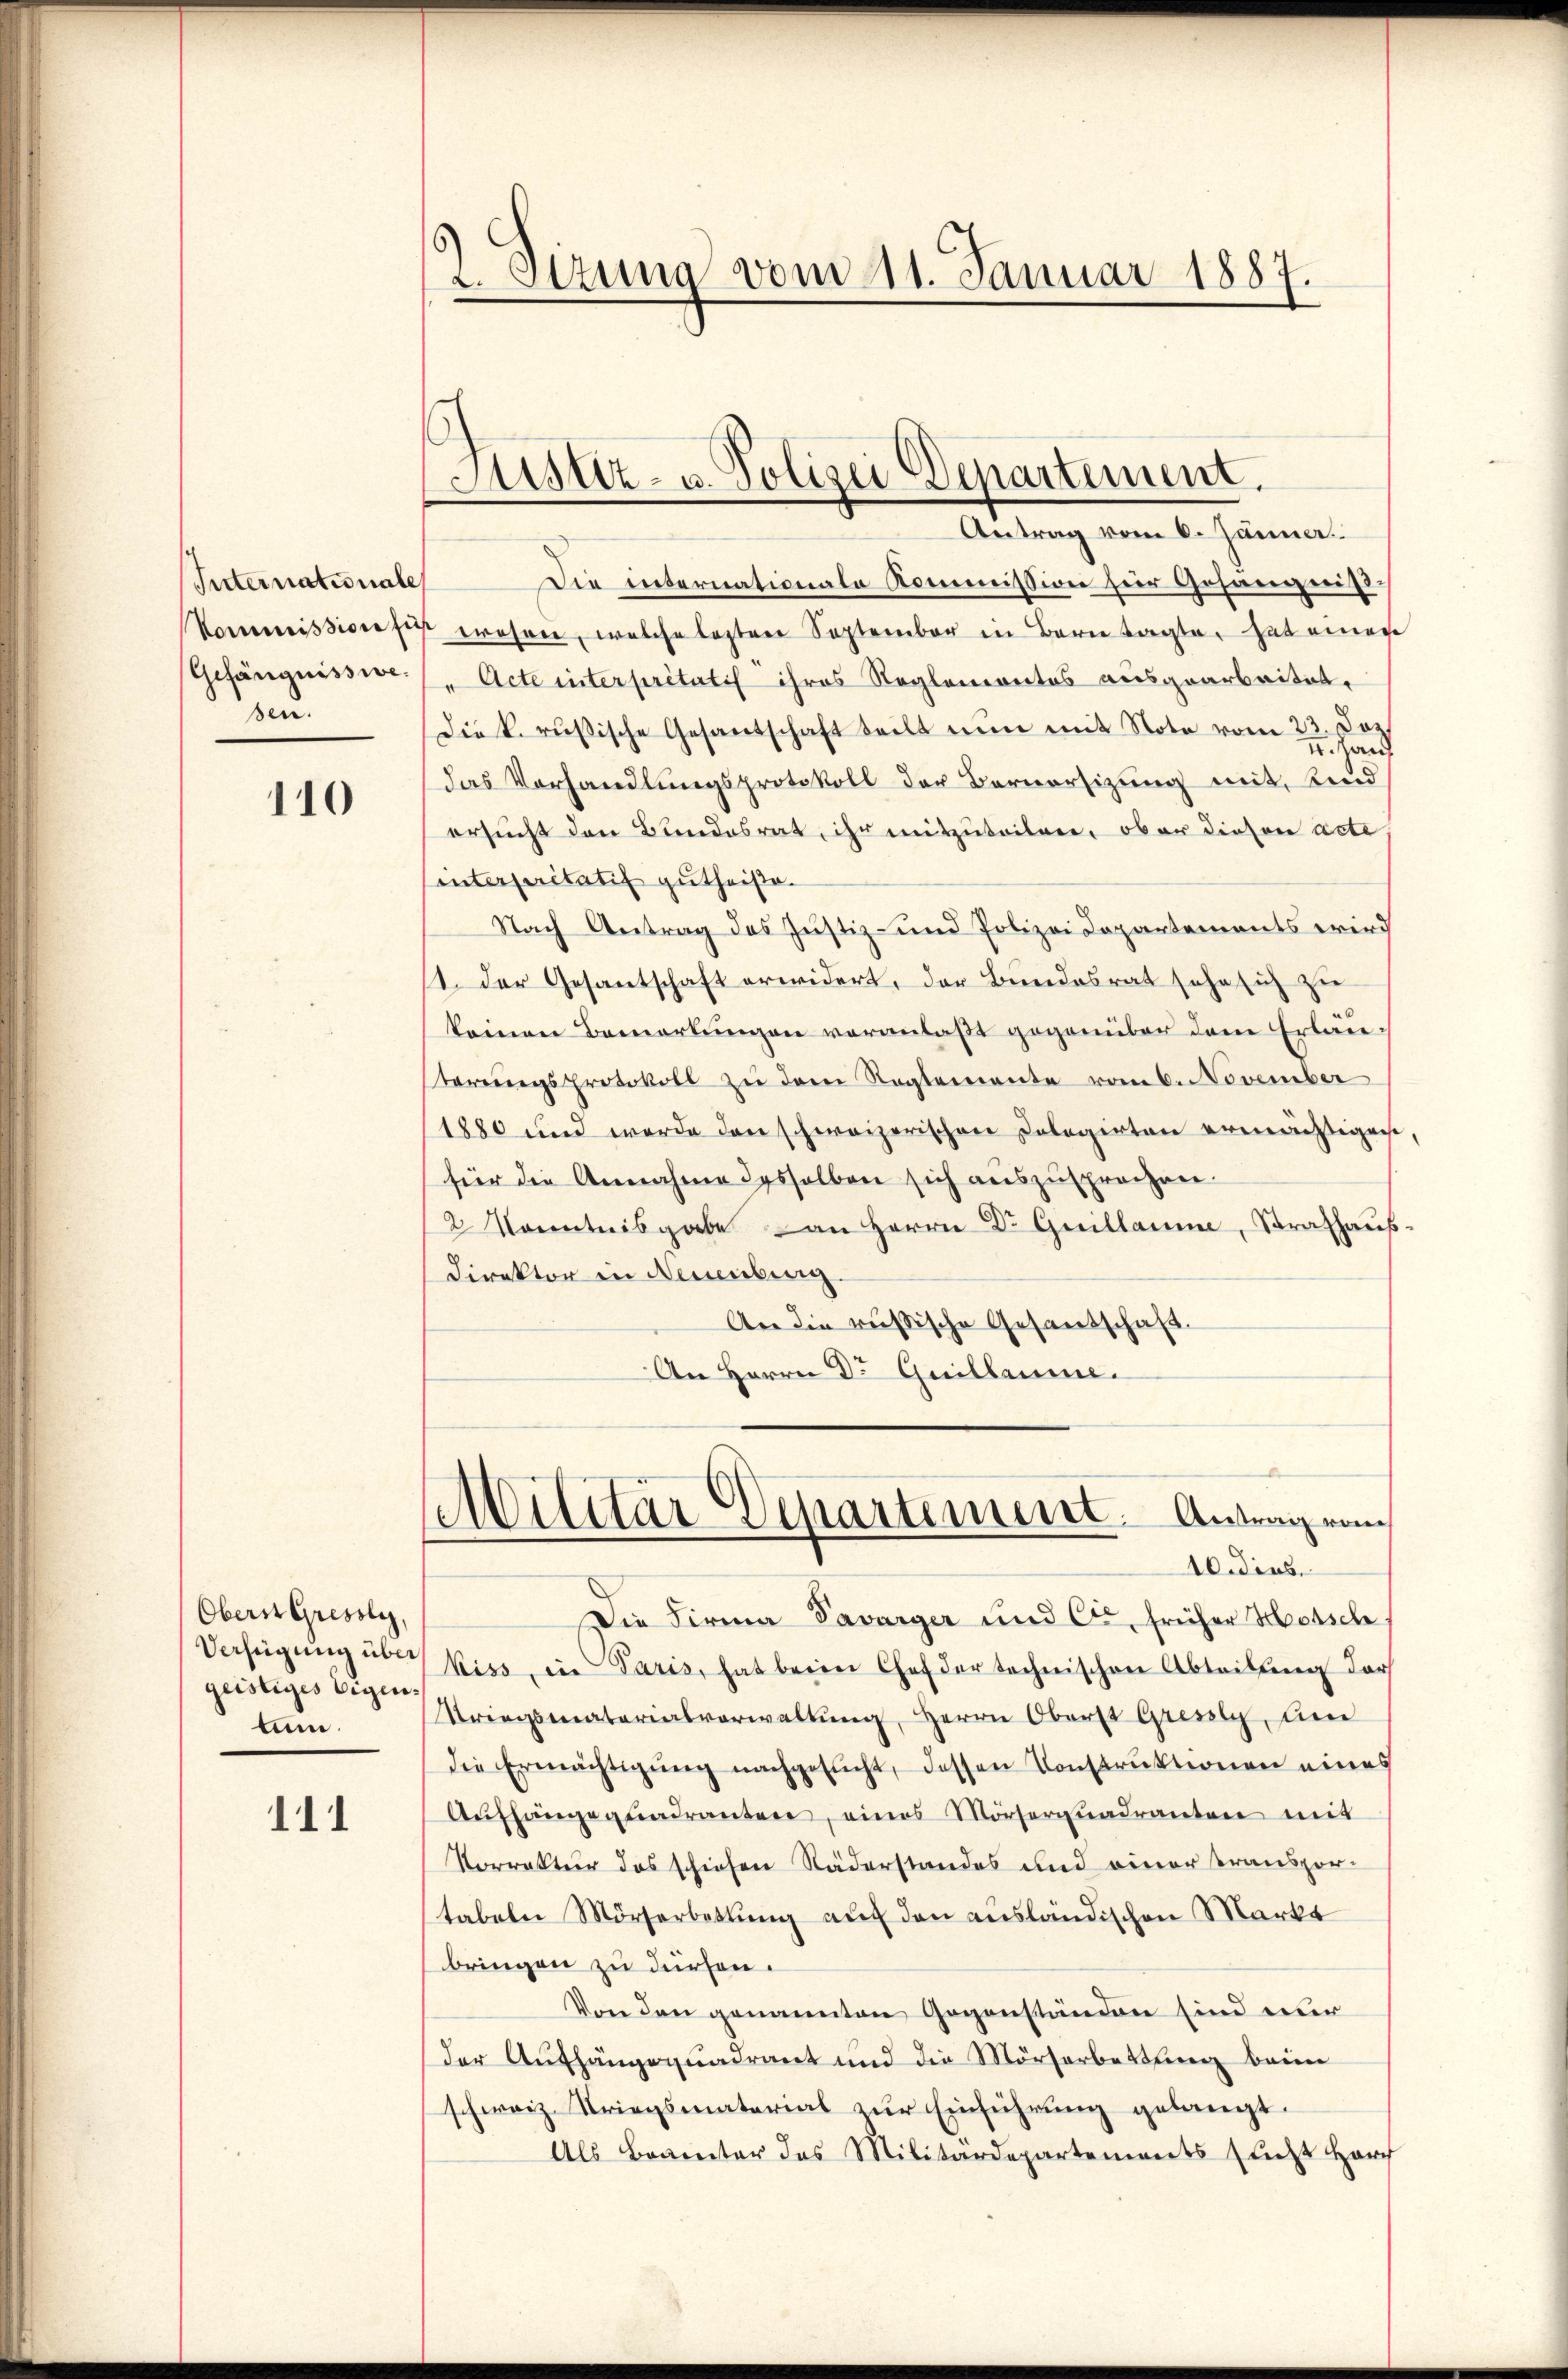
Internationale
Gefängnisswedeu

110

Obern Gresoly,
Verfügung über
geistiges Eigen.
tum.

111

2. Stzung vom 11. Januar 1887.

Justiz- u. Polizei Departement.
Antrag vom 6. Jänner

Die internationale Kommission für Gefängniß.
Kommissione sicht wahren, welche lasten September in Bern tagte, hat einen
" Acte interpretatis ihres Reglementes ausgearbeitet.
die k. rusische Gesantschaft teilt nŭn mit Note vom 23. Dez.
. Hand
das Vorhandlungsprotokoll der Bernersizung mit Kind
ersucht den Bundesrat, ihr mitzuteilen, ob er diesen acte,
interpretatis gutheiße.
Nach Antrag des Justiz- und Polizei Copartements wird
1. Der Gesantschaft erwidert, der Bundesrat sehe sich zu
keinen Bemerkungen veranlaßt gegenüber dem Erläuterŭngsprotokoll zu dem Reglemente vom 6. November
1880 und werde den schweizerischen Dolegirten ermächtigen,
für die Annahme desselben sich auszusprechen.
2 Kenntnisgabe an Herrn Dr. Guillamme, Strafhaus-
Direktor in Neuenburg.
An die russische Gesandschaft.
An Herrn Dr Guillaume.

Militär Departement. Antragen
10 dies

Die Firma Savarger und Cie, früher Hotsch
kiss, in Paris, hat beim Chef der technischen Abteilung dar
Kriegsmaterialverwaltung, Herrn Oberst Grent, um
die Ermächtigŭng nachgesŭcht, dessen Konstruktionen eines
Aŭfhänge quadranten, eines Mörserquadranten mit
Vorrektur das schiehen Näderstandes und einer Transpor-
tabeln Mörserbettung auf den ausländischen Markt
bringen zu dürfen.
Von den genannten Gegenständen sind nur
der Aufhängequadrant und die Mörserbettung beim
schweiz. Kriegsmaterial zur Einführung gelangt.
Als Brauter des Militärdepartements nicht Herr